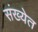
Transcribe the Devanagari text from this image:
संख्‍येत